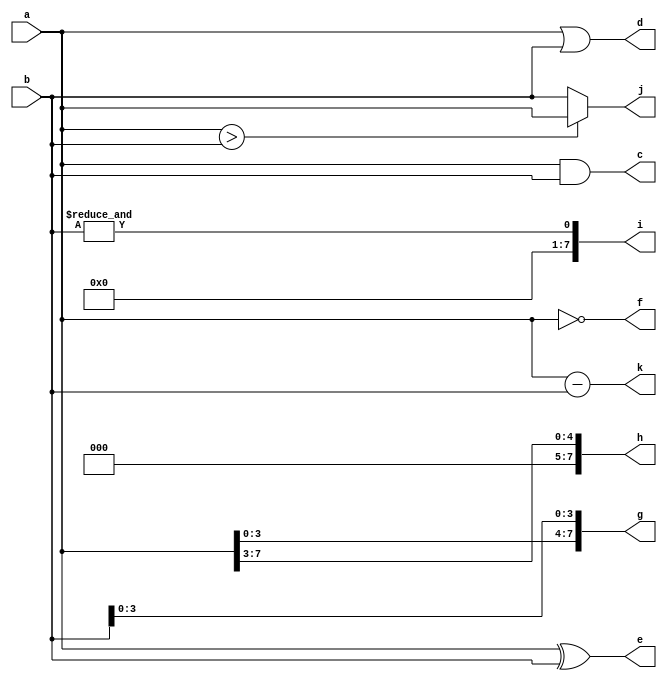
module test(
input  [7:0] a,b,
output [7:0] c,d,e,f,g,h,i,j,k );
  assign c = a & b;   //
  assign d = a | b;   //
  assign e = a ^ b;   //
  assign f = ~a;      //
  assign g = {a[3:0],b[3:0]};   //
  assign h = a >> 3;    //
  assign i = &b;    //
  assign j = (a > b) ? a : b;
  assign k = a - b;
endmodule

//a = 8b0011_0011, 
//b = 8b1111_0000
//c = 8'b0011_0000
//d = 8'b1111_0011
//e = 8'b1100_0011
//f = 8'b1100_1100
//g = 8'b0011_0000
//h = 8'b0000_0110
//i = 1'b0
//j = 8'b1111_0000
//k = -8'b1011_1101